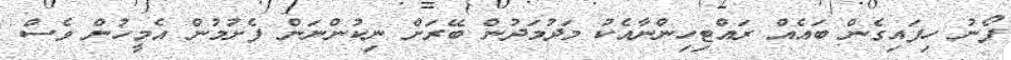
ފޯނު ހިފައިގެން ބައެއް ރައްޓިހިންނާއެކު މަދުމަދުން ބޭރަށް ނިކުންނަން ފެށުމުން އެމީހުން ވެސް